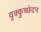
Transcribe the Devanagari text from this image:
वृक्कुच्छेदन